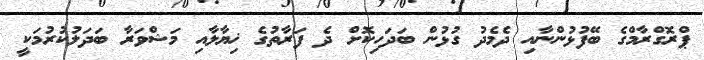
ޕްރޮގްރާމްގެ ބޭފުޅުންނާއި ދެމެދު ގުޅުން ބަދަހިކޮށް ދެ ފަރާތުގެ ޚިޔާލާއި މަޝްވަރާ ބަދަލުކުރުމަކީ